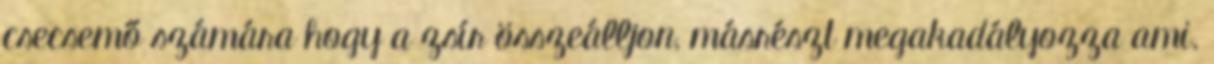
csecsemő számára hogy a zsír összeálljon, másrészt megakadályozza ami.